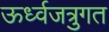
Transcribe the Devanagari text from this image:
ऊर्ध्वजत्रुगत